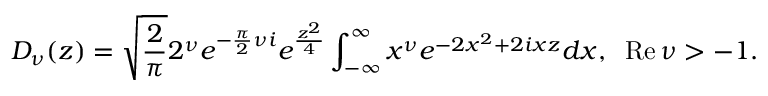
D _ { \nu } ( z ) = \sqrt { { \frac { 2 } { \pi } } } 2 ^ { \nu } e ^ { - { \frac { \pi } { 2 } } \nu i } e ^ { { \frac { z ^ { 2 } } { 4 } } } \int _ { - \infty } ^ { \infty } x ^ { \nu } e ^ { - 2 x ^ { 2 } + 2 i x z } d x , \; \; \mathrm { R e } \, \nu > - 1 .